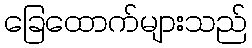
ခြေထောက်များသည်